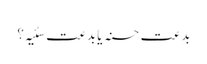
بدعتِ حسنہ یا بدعت سئیہ؟